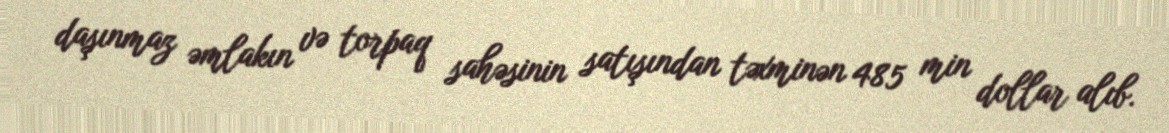
daşınmaz əmlakın və torpaq sahəsinin satışından təxminən 485 min dollar alıb.